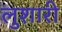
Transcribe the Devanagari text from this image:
लुशारी